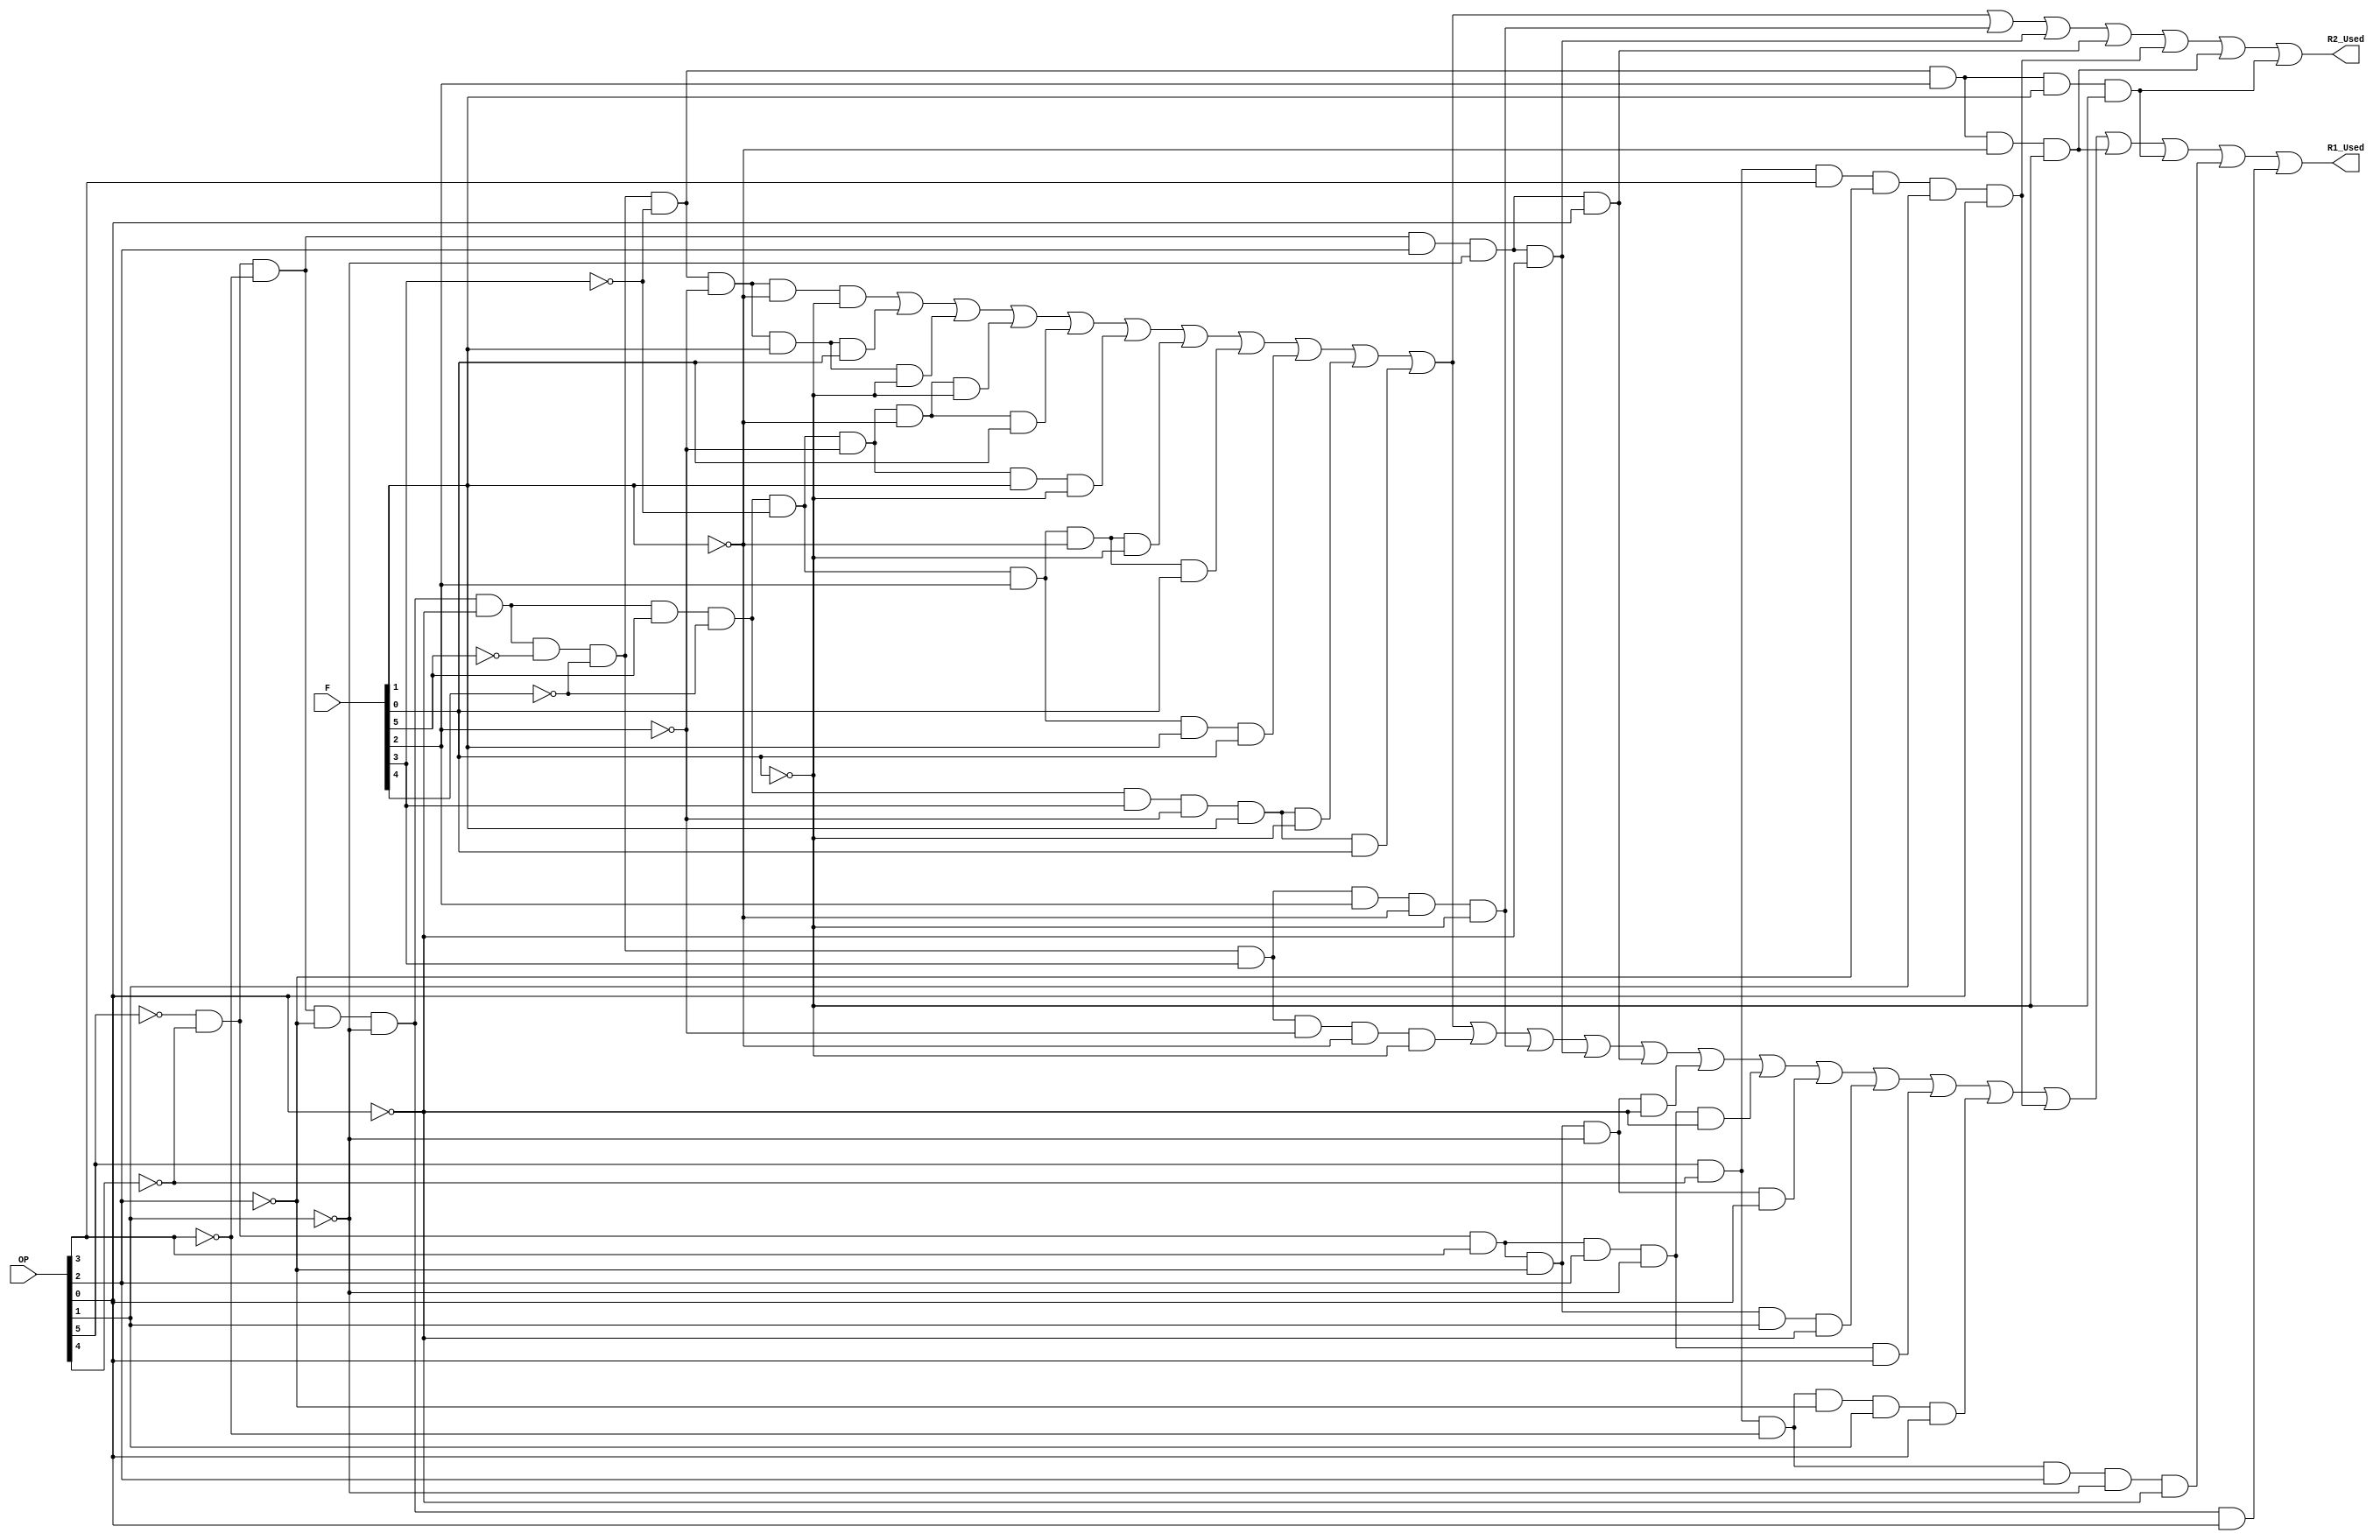
`timescale 1ns / 1ps
//////////////////////////////////////////////////////////////////////////////////
// Company: 
// Engineer: 
// 
// Design Name: 
// Module Name: Condition
// Project Name: 
// Target Devices: 
// Tool Versions: 
// Description: 
// 
// Dependencies: 
// 
// Revision:
// Revision 0.01 - File Created
// Additional Comments:
// 
//////////////////////////////////////////////////////////////////////////////////


module Condition(OP, F, R1_Used, R2_Used);
    input[5:0] OP, F;
    output R1_Used, R2_Used;
    assign R1_Used = (~OP[5]&~OP[4]&~OP[3]&~OP[2]&~OP[1]&~OP[0]&~F[5]&~F[4]&~F[3]&~F[2]&~F[1]&~F[0])|
    (~OP[5]&~OP[4]&~OP[3]&~OP[2]&~OP[1]&~OP[0]&~F[5]&~F[4]&~F[3]&~F[2]&F[1]&F[0])|
    (~OP[5]&~OP[4]&~OP[3]&~OP[2]&~OP[1]&~OP[0]&~F[5]&~F[4]&~F[3]&~F[2]&F[1]&~F[0])|
    (~OP[5]&~OP[4]&~OP[3]&~OP[2]&~OP[1]&~OP[0]&F[5]&~F[4]&~F[3]&~F[2]&~F[1]&~F[0])|
    (~OP[5]&~OP[4]&~OP[3]&~OP[2]&~OP[1]&~OP[0]&F[5]&~F[4]&~F[3]&~F[2]&~F[1]&F[0])|
    (~OP[5]&~OP[4]&~OP[3]&~OP[2]&~OP[1]&~OP[0]&F[5]&~F[4]&~F[3]&~F[2]&F[1]&~F[0])|
    (~OP[5]&~OP[4]&~OP[3]&~OP[2]&~OP[1]&~OP[0]&F[5]&~F[4]&~F[3]&F[2]&~F[1]&~F[0])|
    (~OP[5]&~OP[4]&~OP[3]&~OP[2]&~OP[1]&~OP[0]&F[5]&~F[4]&~F[3]&F[2]&~F[1]&F[0])|
    (~OP[5]&~OP[4]&~OP[3]&~OP[2]&~OP[1]&~OP[0]&F[5]&~F[4]&~F[3]&F[2]&F[1]&F[0])|
    (~OP[5]&~OP[4]&~OP[3]&~OP[2]&~OP[1]&~OP[0]&F[5]&~F[4]&F[3]&~F[2]&F[1]&~F[0])|
    (~OP[5]&~OP[4]&~OP[3]&~OP[2]&~OP[1]&~OP[0]&F[5]&~F[4]&F[3]&~F[2]&F[1]&F[0])|
    (~OP[5]&~OP[4]&~OP[3]&~OP[2]&~OP[1]&~OP[0]&~F[5]&~F[4]&F[3]&~F[2]&~F[1]&~F[0])|
    (~OP[5]&~OP[4]&~OP[3]&~OP[2]&~OP[1]&~OP[0]&~F[5]&~F[4]&F[3]&F[2]&~F[1]&~F[0])|
    (~OP[5]&~OP[4]&~OP[3]&OP[2]&~OP[1]&~OP[0])|
    (~OP[5]&~OP[4]&~OP[3]&OP[2]&~OP[1]&OP[0])|
    (~OP[5]&~OP[4]&OP[3]&~OP[2]&~OP[1]&~OP[0])|
    (~OP[5]&~OP[4]&OP[3]&OP[2]&~OP[1]&~OP[0])|
    (~OP[5]&~OP[4]&OP[3]&~OP[2]&~OP[1]&OP[0])|
    (~OP[5]&~OP[4]&OP[3]&~OP[2]&OP[1]&~OP[0])|
    (~OP[5]&~OP[4]&OP[3]&OP[2]&~OP[1]&OP[0])|
    (OP[5]&~OP[4]&~OP[3]&~OP[2]&OP[1]&OP[0])|
    (OP[5]&~OP[4]&OP[3]&~OP[2]&OP[1]&OP[0])|
    (~OP[5]&~OP[4]&~OP[3]&~OP[2]&~OP[1]&~OP[0]&~F[5]&~F[4]&~F[3]&F[2]&~F[1]&~F[0])|
    (~OP[5]&~OP[4]&~OP[3]&~OP[2]&~OP[1]&~OP[0]&~F[5]&~F[4]&~F[3]&F[2]&F[1]&~F[0])|
    (OP[5]&~OP[4]&~OP[3]&OP[2]&~OP[1]&~OP[0])|
    (~OP[5]&~OP[4]&~OP[3]&~OP[2]&~OP[1]&OP[0]);

    assign R2_Used = (~OP[5]&~OP[4]&~OP[3]&~OP[2]&~OP[1]&~OP[0]&~F[5]&~F[4]&~F[3]&~F[2]&~F[1]&~F[0])|
    (~OP[5]&~OP[4]&~OP[3]&~OP[2]&~OP[1]&~OP[0]&~F[5]&~F[4]&~F[3]&~F[2]&F[1]&F[0])|
    (~OP[5]&~OP[4]&~OP[3]&~OP[2]&~OP[1]&~OP[0]&~F[5]&~F[4]&~F[3]&~F[2]&F[1]&~F[0])|
    (~OP[5]&~OP[4]&~OP[3]&~OP[2]&~OP[1]&~OP[0]&F[5]&~F[4]&~F[3]&~F[2]&~F[1]&~F[0])|
    (~OP[5]&~OP[4]&~OP[3]&~OP[2]&~OP[1]&~OP[0]&F[5]&~F[4]&~F[3]&~F[2]&~F[1]&F[0])|
    (~OP[5]&~OP[4]&~OP[3]&~OP[2]&~OP[1]&~OP[0]&F[5]&~F[4]&~F[3]&~F[2]&F[1]&~F[0])|
    (~OP[5]&~OP[4]&~OP[3]&~OP[2]&~OP[1]&~OP[0]&F[5]&~F[4]&~F[3]&F[2]&~F[1]&~F[0])|
    (~OP[5]&~OP[4]&~OP[3]&~OP[2]&~OP[1]&~OP[0]&F[5]&~F[4]&~F[3]&F[2]&~F[1]&F[0])|
    (~OP[5]&~OP[4]&~OP[3]&~OP[2]&~OP[1]&~OP[0]&F[5]&~F[4]&~F[3]&F[2]&F[1]&F[0])|
    (~OP[5]&~OP[4]&~OP[3]&~OP[2]&~OP[1]&~OP[0]&F[5]&~F[4]&F[3]&~F[2]&F[1]&~F[0])|
    (~OP[5]&~OP[4]&~OP[3]&~OP[2]&~OP[1]&~OP[0]&F[5]&~F[4]&F[3]&~F[2]&F[1]&F[0])|
    (~OP[5]&~OP[4]&~OP[3]&~OP[2]&~OP[1]&~OP[0]&~F[5]&~F[4]&F[3]&F[2]&~F[1]&~F[0])|
    (~OP[5]&~OP[4]&~OP[3]&OP[2]&~OP[1]&~OP[0])|
    (~OP[5]&~OP[4]&~OP[3]&OP[2]&~OP[1]&OP[0])|
    (OP[5]&~OP[4]&OP[3]&~OP[2]&OP[1]&OP[0])|
    (~OP[5]&~OP[4]&~OP[3]&~OP[2]&~OP[1]&~OP[0]&~F[5]&~F[4]&~F[3]&F[2]&~F[1]&~F[0])|
    (~OP[5]&~OP[4]&~OP[3]&~OP[2]&~OP[1]&~OP[0]&~F[5]&~F[4]&~F[3]&F[2]&F[1]&~F[0]);

endmodule